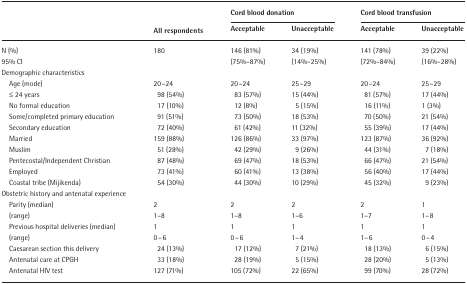
<table><thead><tr><td></td><td></td><td colspan="2"><b>Cord blood donation</b></td><td colspan="2"><b>Cord blood transfusion</b></td></tr><tr><td></td><td><b>All respondents</b></td><td><b>Acceptable</b></td><td><b>Unacceptable</b></td><td><b>Acceptable</b></td><td><b>Unacceptable</b></td></tr></thead><tbody><tr><td>N (%)</td><td>180</td><td>146 (81%)</td><td>34 (19%)</td><td>141 (78%)</td><td>39 (22%)</td></tr><tr><td>95% CI</td><td></td><td>(75%–87%)</td><td>(14%–25%)</td><td>(72%–84%)</td><td>(16%–28%)</td></tr><tr><td colspan="6">Demographic characteristics</td></tr><tr><td> Age (mode)</td><td>20–24</td><td>20–24</td><td>25–29</td><td>20–24</td><td>25–29</td></tr><tr><td> ≤ 24 years</td><td>98 (54%)</td><td>83 (57%)</td><td>15 (44%)</td><td>81 (57%)</td><td>17 (44%)</td></tr><tr><td> No formal education</td><td>17 (10%)</td><td>12 (8%)</td><td>5 (15%)</td><td>16 (11%)</td><td>1 (3%)</td></tr><tr><td> Some/completed primary education</td><td>91 (51%)</td><td>73 (50%)</td><td>18 (53%)</td><td>70 (50%)</td><td>21 (54%)</td></tr><tr><td> Secondary education</td><td>72 (40%)</td><td>61 (42%)</td><td>11 (32%)</td><td>55 (39%)</td><td>17 (44%)</td></tr><tr><td> Married</td><td>159 (88%)</td><td>126 (86%)</td><td>33 (97%)</td><td>123 (87%)</td><td>36 (92%)</td></tr><tr><td> Muslim</td><td>51 (28%)</td><td>42 (29%)</td><td>9 (26%)</td><td>44 (31%)</td><td>7 (18%)</td></tr><tr><td> Pentecostal/Independent Christian</td><td>87 (48%)</td><td>69 (47%)</td><td>18 (53%)</td><td>66 (47%)</td><td>21 (54%)</td></tr><tr><td> Employed</td><td>73 (41%)</td><td>60 (41%)</td><td>13 (38%)</td><td>56 (40%)</td><td>17 (44%)</td></tr><tr><td> Coastal tribe (Mijikenda)</td><td>54 (30%)</td><td>44 (30%)</td><td>10 (29%)</td><td>45 (32%)</td><td>9 (23%)</td></tr><tr><td colspan="6">Obstetric history and antenatal experience</td></tr><tr><td> Parity (median)</td><td>2</td><td>2</td><td>2</td><td>2</td><td>1</td></tr><tr><td> (range)</td><td>1–8</td><td>1–8</td><td>1–6</td><td>1–7</td><td>1–8</td></tr><tr><td> Previous hospital deliveries (median)</td><td>1</td><td>1</td><td>1</td><td>1</td><td>1</td></tr><tr><td> (range)</td><td>0–6</td><td>0–6</td><td>1–4</td><td>1–6</td><td>0–4</td></tr><tr><td> Caesarean section this delivery</td><td>24 (13%)</td><td>17 (12%)</td><td>7 (21%)</td><td>18 (13%)</td><td>6 (15%)</td></tr><tr><td> Antenatal care at CPGH</td><td>33 (18%)</td><td>28 (19%)</td><td>5 (15%)</td><td>28 (20%)</td><td>5 (13%)</td></tr><tr><td> Antenatal HIV test</td><td>127 (71%)</td><td>105 (72%)</td><td>22 (65%)</td><td>99 (70%)</td><td>28 (72%)</td></tr></tbody></table>